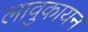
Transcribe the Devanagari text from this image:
लावुकायन